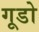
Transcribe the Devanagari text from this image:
गूडो